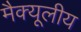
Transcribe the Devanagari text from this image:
मैक्यूलीय